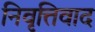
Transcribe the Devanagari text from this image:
निवृत्तिवाद